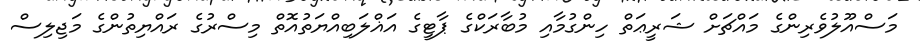
މަސްއޫލުވެރިންގެ މައްޗަށް ޝަރީޢަތް ހިންގުމާއި މުބާރަކްގެ ޕާޓީގެ އަޣްލަބިއްޔަތުއޮތް މިސްރުގެ ރައްޔިތުންގެ މަޖިލިސް